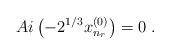
\begin{align*}Ai \left( - 2^{1/3} x^{(0)}_{n_{r}} \right) = 0\; .\end{align*}